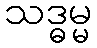
သဒ္ဓမ္မ